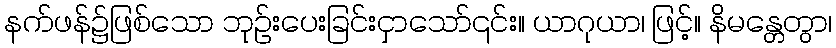
နက်ဖန်၌ဖြစ်သော ဘုဉ်းပေးခြင်းငှာသော်၎င်း။ ယာဂုယာ၊ ဖြင့်။ နိမန္တေတွာ၊